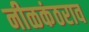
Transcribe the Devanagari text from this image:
नीळकंठराव